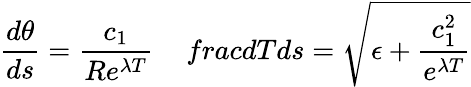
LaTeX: \frac{d\theta}{ds}=\frac{c_{1}}{Re^{\lambda T}}\ \ \ \ \, frac{dT}{ds}=\sqrt{\epsilon+\frac{c_{1}^{2}}{e^{\lambda T}}}